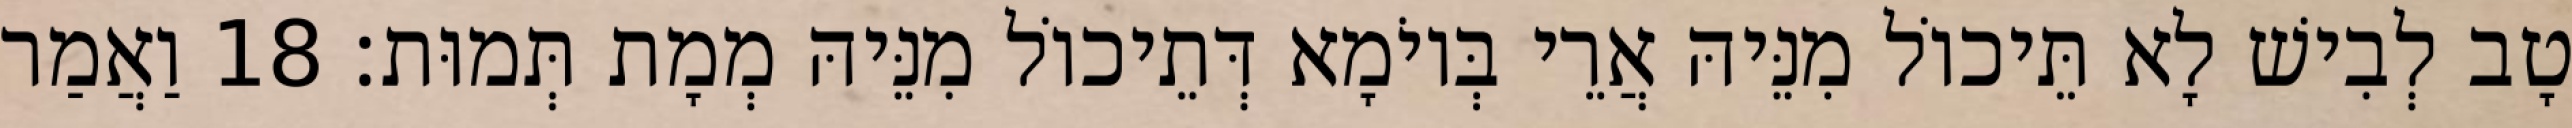
טָב לְבִישׁ לָא תֵּיכוֹל מִנֵּיהּ אֲרֵי בְּיוֹמָא דְּתֵיכוֹל מִנֵּיהּ מְמָת תְּמוּת׃ 18 וַאֲמַר